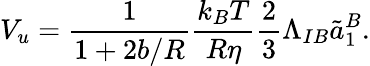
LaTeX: V_{u}=\frac{1}{1+2b/R}\frac{k_{B}T}{R\eta}\frac{2}{3}\Lambda_{IB}\tilde{a}_{1}^{B}.